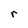
Character: r